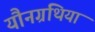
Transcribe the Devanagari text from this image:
यौनग्रंथियां